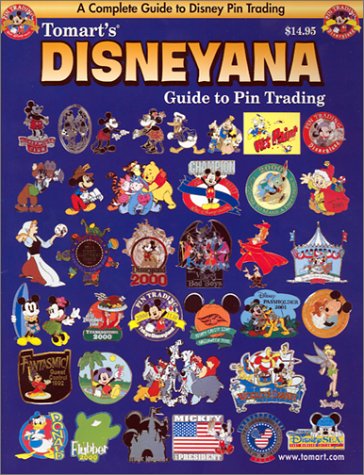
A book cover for Disneyana: Guide to Pin Trading; Crafts, Hobbies & Home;